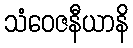
သံဝေဇနီယာနိ